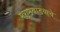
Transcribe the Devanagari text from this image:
मराठवाडयाचे